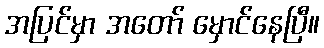
အပြင်မှာ အတော် မှောင်နေပြီ။